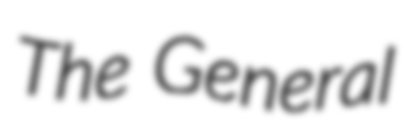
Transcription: The General